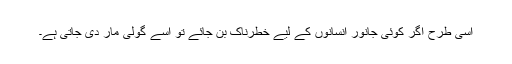
اسی طرح اگر کوئی جانور انسانوں کے لیے خطرناک بن جائے تو اسے گولی مار دی جاتی ہے۔